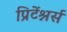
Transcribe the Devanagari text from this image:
प्रिटेंश्नर्स